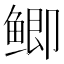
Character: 鲫